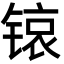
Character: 锿